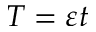
T = \varepsilon t